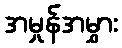
အမှုန်အမွှား